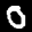
Label: 0